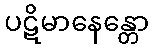
ပဋိမာနေန္တော